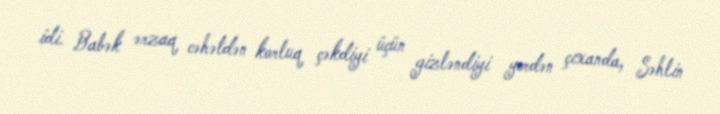
idi. Babək ərzaq cəhətdən korluq çəkdiyi üçün gizləndiyi yerdən çıxanda, Səhlin